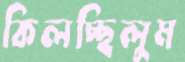
কিলচ্ছিলুম